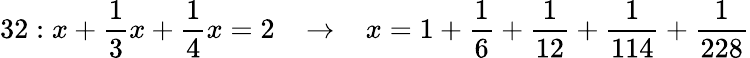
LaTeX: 32:x+{\frac{1}{3}}x+{\frac{1}{4}}x=2\; \; \; \rightarrow\; \; \; x=1+{\frac{1}{6}}+{\frac{1}{12}}+{\frac{1}{114}}+{\frac{1}{228}}